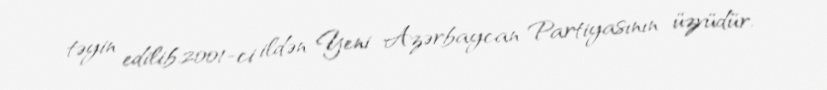
təyin edilib.2001-ci ildən Yeni Azərbaycan Partiyasının üzvüdür.